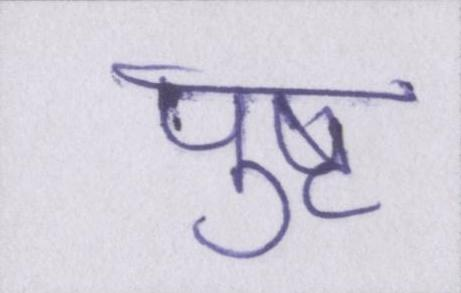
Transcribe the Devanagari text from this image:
पुष्ट